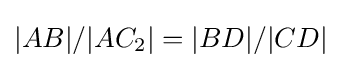
|AB|/|AC_{2}|=|BD|/|CD|